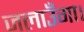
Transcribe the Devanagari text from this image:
जलाउँगा।